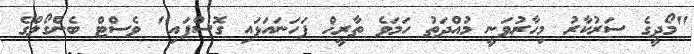
"މޯދީގެ ސަރުކާރު މިހާރުވަނީ މުއްދަތު ހަމަވެ ތާރީޚް ފަހަނައަޅައި ގޮސްފައި" ވެސްޓް ބެންގޯލްގެ